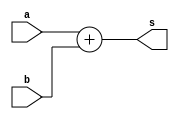
module riscv_adder #(
    parameter   DATA_WIDTH  = -1
) (
    input      [DATA_WIDTH-1:0]    a,
    input      [DATA_WIDTH-1:0]    b,
    output     [DATA_WIDTH-1:0]    s
);

    assign s = a + b;

endmodule